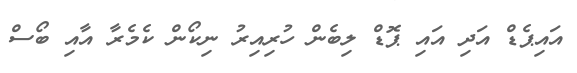
އައިޕެޑް އަދި އައި ޕޮޑް ލިބެން ހުރިއިރު ނިކޯން ކެމެރާ އާއި ބޯސް